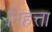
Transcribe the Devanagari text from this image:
निहत्ता